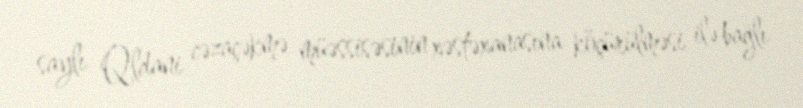
saylı Qldani cəzaçəkmə müəssisəsinin xəstəxanasına köçürülməsi ilə bağlı